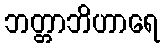
ဘတ္တာဘိဟာရေ